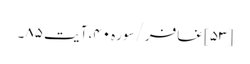
[۵۳] غافر/سوره۴۰، آیت ۸۵۔